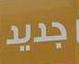
جديد